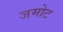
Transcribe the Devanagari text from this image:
जमोट